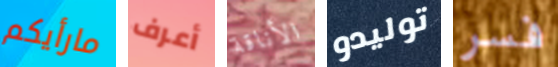
مارأيكم أعرف الأناقة توليدو فسر